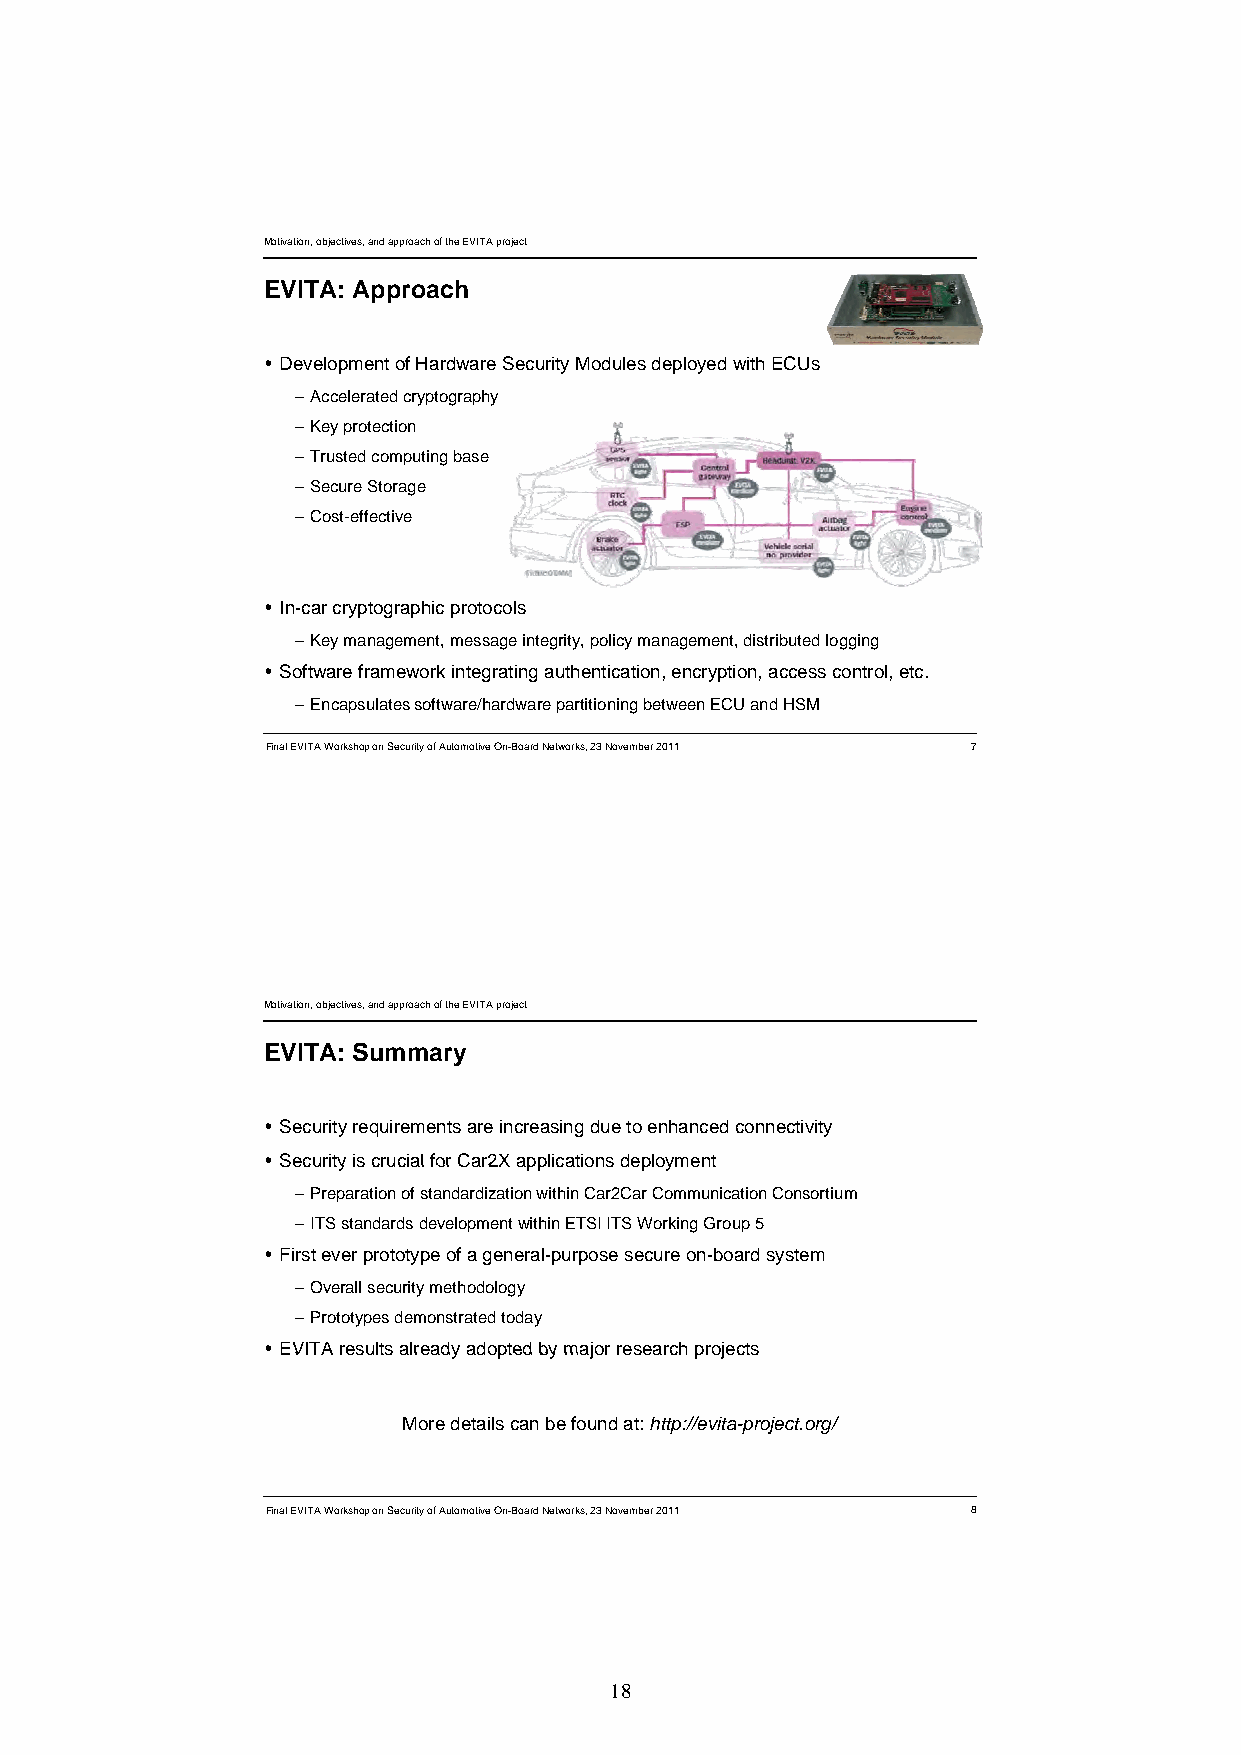
Motivation, objectives, and approach of the EVITA project
 EVITA: Approach
  Development of Hardware Security Modules deployed with ECUs
 –AAcccceelleerraatteedd ccrryyppttooggrraapphhyy
 –Key protection
 –Trusted computing base
 –Secure Storage
 –Cost-effective
  In-car cryptographic protocols
 –Key management, message integrity, policy management, distributed logging
  Software framework integrating authentication, encryption, access control, etc.
 –Encapsulates software/hardware partitioning between ECU and HSM
 Final EVITA Workshop on Security of Automotive On-Board Networks, 23 November 2011 7
 Motivation, objectives, and approach of the EVITA project
 EVITA: Summary
  Security requirements are increasing due to enhanced connectivity
  SSeeccuurriittyy iiss ccrruucciiaall ffoorr CCaarr22XX aapppplliiccaattiioonnss ddeeppllooyymmeenntt
 –Preparation of standardization within Car2Car Communication Consortium
 –ITS standards development within ETSI ITS Working Group 5
  First ever prototype of a general-purpose secure on-board system
 –Overall security methodology
 –Prototypes demonstrated today
  EEVVIITTAA rreessuullttss aallrreeaaddyy aaddoopptteedd bbyy mmaajjoorr rreesseeaarrcchh pprroojjeeccttss
 More details can be found at: http://evita-project.org/
 Final EVITA Workshop on Security of Automotive On-Board Networks, 23 November 2011 8
 18